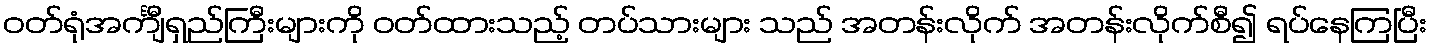
ဝတ်ရုံအင်္ကျီရှည်ကြီးများကို ဝတ်ထားသည့် တပ်သားများ သည် အတန်းလိုက် အတန်းလိုက်စီ၍ ရပ်နေကြပြီး